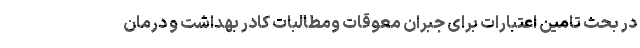
در بحث تامین اعتبارات برای جبران معوقات ومطالبات کادر بهداشت و درمان